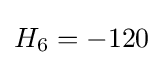
H_{6}=-120